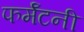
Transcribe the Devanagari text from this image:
फर्मॅटनी